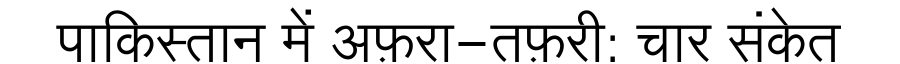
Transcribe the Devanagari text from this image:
पाकिस्तान में अफ़रा-तफ़री: चार संकेत